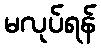
မလုပ်ရန်